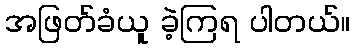
အဖြတ်ခံယူ ခဲ့ကြရ ပါတယ်။